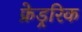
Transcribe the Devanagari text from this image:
फ्रेड्ररिक